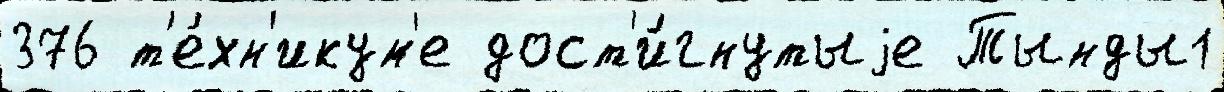
376 т'е́хн'икум'е дост'и́гнутыjе Тынды1